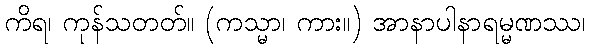
ကိရ၊ ကုန်သတတ်။ (ကသ္မာ၊ ကား။) အာနာပါနာရမ္မဏဿ၊